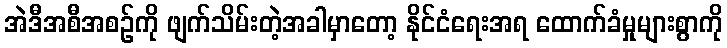
အဲဒီအစီအစဉ်ကို ဖျက်သိမ်းတဲ့အခါမှာတော့ နိုင်ငံရေးအရ ထောက်ခံမှုများစွာကို